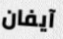
آيفان